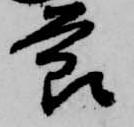
節